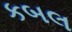
કબલ